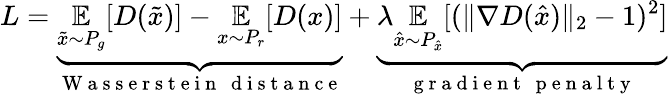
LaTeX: L=\underbrace{\underset{\tilde{x}\sim P_{g}}{\mathbb{E}}[D(\tilde{x})]-\underset{x\sim P_{r}}{\mathbb{E}}[D(x)]}_{\mathrm{~W~a~s~s~e~r~s~t~e~i~n~\, ~d~i~s~t~a~n~c~e~}}+\underbrace{\lambda\underset{\hat{x}\sim P_{\hat{x}}}{\mathbb{E}}[(\lVert\nabla D(\hat{x})\rVert_{2}-1)^{2}]}_{\mathrm{~g~r~a~d~i~e~n~t~\, ~p~e~n~a~l~t~y~}}